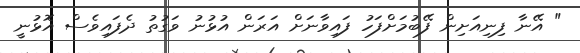
" އޭނާ ފިނިއަށިން ފޭބުމަށްފަހު ފައިވާނަށް އަރަން އުޅުނު ވަގުތު ދެފައިވެސް އޮޅުނީ